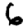
Digit: 6